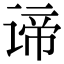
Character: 谛